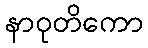
နာဝုတိကော